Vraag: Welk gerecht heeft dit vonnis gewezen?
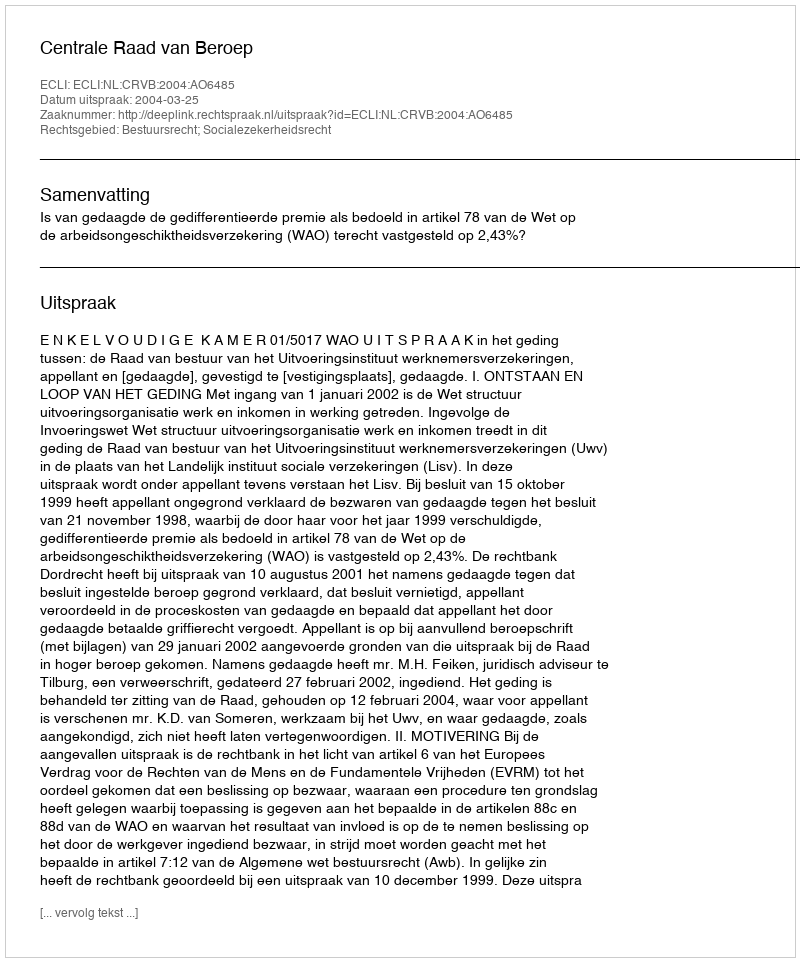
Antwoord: Centrale Raad van Beroep